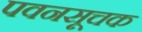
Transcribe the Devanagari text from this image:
पवनसूचक